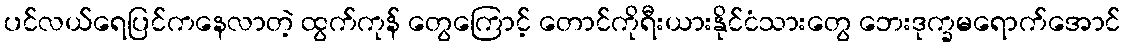
ပင်လယ်ရေပြင်ကနေလာတဲ့ ထွက်ကုန် တွေကြောင့် တောင်ကိုရီးယားနိုင်ငံသားတွေ ဘေးဒုက္ခမရောက်အောင်